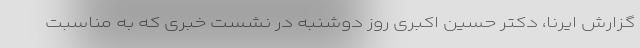
گزارش ایرنا، دکتر حسین اکبری روز دوشنبه در نشست خبری که به مناسبت